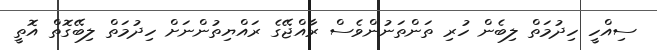
ސިއްހީ ހިދުމަތް ލިބެން ހުރި ތަންތަނުންވެސް ރާއްޖޭގެ ރައްޔިތުންނަށް ހިދުމަތް ލިބޭގޮތް އޮތީ